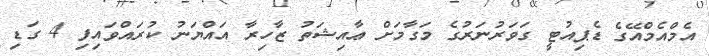
އެމްއެމްއޭގެ ޑެޕިއުޓީ ގަވަރުނަރުގެ މަގާމަށް ޢާއިޝަތު ޒާހިރާ އައްޔަނު ކުރައްވައިފި 4 ގަޑި